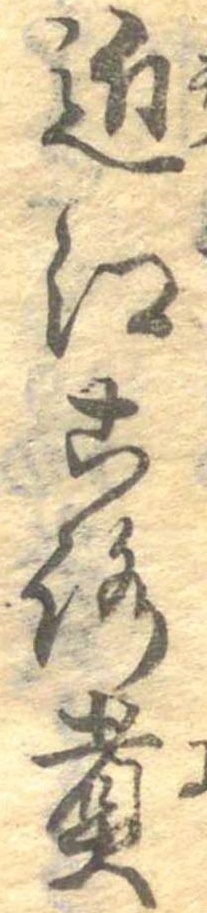
近江ころ煮